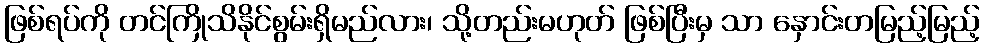
ဖြစ်ရပ်ကို တင်ကြိုသိနိုင်စွမ်းရှိမည်လား၊ သို့တည်းမဟုတ် ဖြစ်ပြီးမှ သာ နှောင်းတမြည့်မြည့်